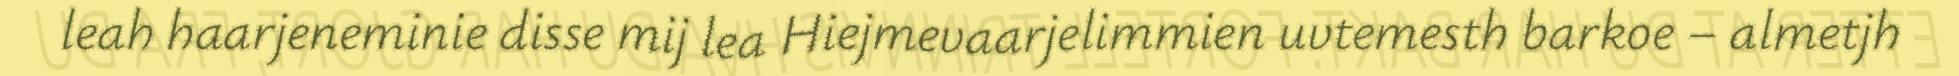
leah haarjeneminie disse mij lea Hiejmevaarjelimmien uvtemesth barkoe – almetjh